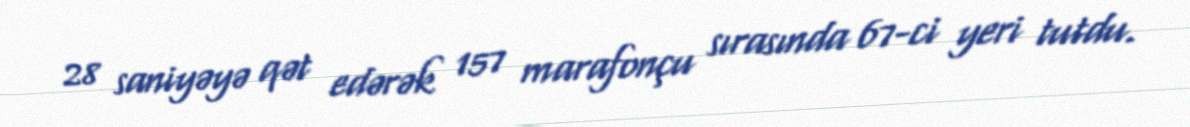
28 saniyəyə qət edərək 157 marafonçu sırasında 67-ci yeri tutdu.